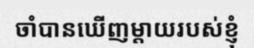
ចាំបានឃើញម្តាយរបស់ខ្ញុំ